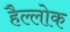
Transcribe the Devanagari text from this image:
हैल्लोक